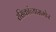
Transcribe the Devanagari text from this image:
रसिकांच्यासमोर